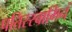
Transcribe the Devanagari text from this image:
पतिस्स्वामिनं